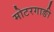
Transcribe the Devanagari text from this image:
मोटरगाङी